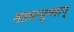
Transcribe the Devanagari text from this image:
महदायुष्मान्